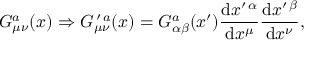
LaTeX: G _ { \mu \nu } ^ { a } ( x ) \Rightarrow G _ { \mu \nu } ^ { \, \prime \, a } ( x ) = G _ { \alpha \beta } ^ { a } ( x ^ { \prime } ) \frac { \mathrm { d } x ^ { \prime \, \alpha } } { \mathrm { d } x ^ { \mu } } \frac { \mathrm { d } x ^ { \prime \, \beta } } { \mathrm { d } x ^ { \nu } } ,